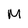
Character: M